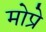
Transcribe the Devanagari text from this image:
मोप्रे